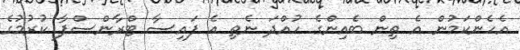
އެހެންކަމުން އެ ތިން ބެއިންގެ ހުއްދަ ނެތި އެ ފައިސާ ޓްރާންސްފާ ކުރުމުގެ